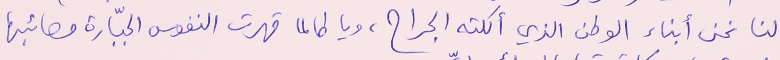
لنا نحن أبناء الوطن الذي أكلته الجراح، ويا طالما قهرت النفوس الجبّارة مصائبها